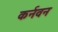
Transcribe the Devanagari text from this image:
कर्नवन